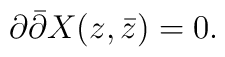
\partial \bar\partial X(z,\bar z) = 0.